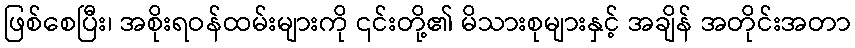
ဖြစ်စေပြီး၊ အစိုးရဝန်ထမ်းများကို ၎င်းတို့၏ မိသားစုများနှင့် အချိန် အတိုင်းအတာ